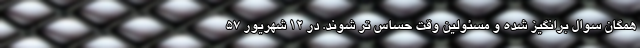
همگان سوال برانگیز شده و مسئولین وقت حساس تر شوند. در 12 شهریور 57